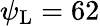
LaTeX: \psi_{\mathrm{L}}=62